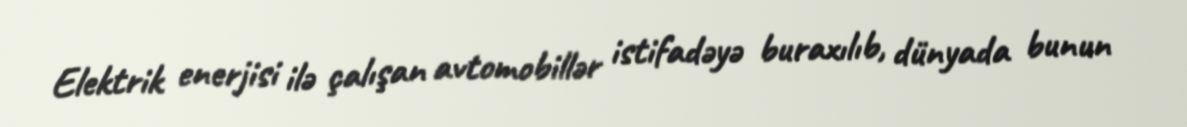
Elektrik enerjisi ilə çalışan avtomobillər istifadəyə buraxılıb, dünyada bunun